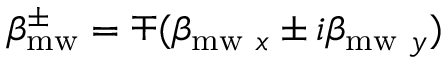
\beta _ { \mathrm { m w } } ^ { \pm } = \mp ( \beta _ { \mathrm { m w } ~ x } \pm i \beta _ { \mathrm { m w } ~ y } )